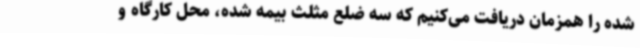
شده را همزمان دریافت می‌کنیم که سه ضلع مثلث بیمه شده، محل کارگاه و